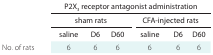
|  | <COLSPAN=6> P2X3 receptor antagonist administration |
 |  | <COLSPAN=3> sham rats | <COLSPAN=3> CFA-injected rats |
 | --- | --- | --- | --- | --- | --- | --- |
 |  | saline | D6 | D60 | saline | D6 | D60 |
 | No. of rats | 6 | 6 | 6 | 6 | 6 | 6 |